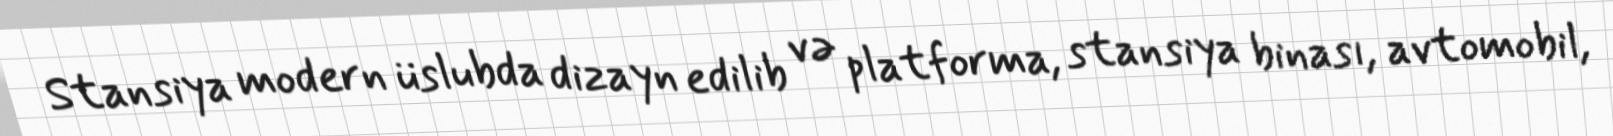
Stansiya modern üslubda dizayn edilib və platforma, stansiya binası, avtomobil,